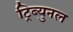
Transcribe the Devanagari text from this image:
ट्रिब्युनल